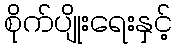
စိုက်ပျိုးရေးနှင့်